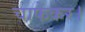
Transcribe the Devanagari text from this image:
चाफेकर।